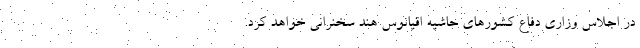
در اجلاس وزاری دفاع کشورهای حاشیه اقیانوس هند سخنرانی خواهد کرد.